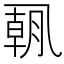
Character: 𫡯